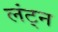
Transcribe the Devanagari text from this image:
लंट्न